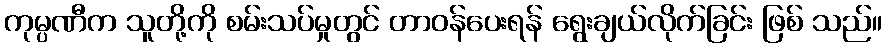
ကုမ္ပဏီက သူတို့ကို စမ်းသပ်မှုတွင် တာဝန်ပေးရန် ရွေးချယ်လိုက်ခြင်း ဖြစ် သည်။